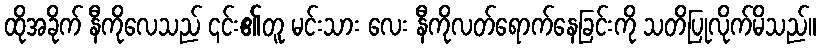
ထိုအခိုက် နီကိုလေသည် ၎င်း၏တူ မင်းသား လေး နီကိုလတ်ရောက်နေခြင်းကို သတိပြုလိုက်မိသည်။